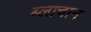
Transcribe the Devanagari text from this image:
ब्लाचान